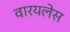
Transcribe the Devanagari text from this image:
वारयलेस